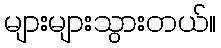
များများသွားတယ်။